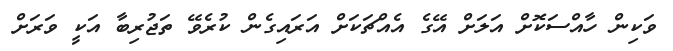
ވަކިން ހާއްސަކޮށް އަލަށް އޭގެ އެއްޗަކަށް އަރައިގެން ކުރެވޭ ތަޖުރިބާ އަކީ ވަރަށް